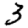
Digit: 3